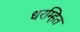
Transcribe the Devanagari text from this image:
धरम्हित